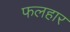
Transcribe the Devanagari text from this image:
फलहार